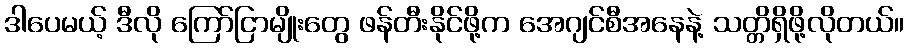
ဒါပေမယ့် ဒီလို ကြော်ငြာမျိုးတွေ ဖန်တီးနိုင်ဖို့က အေဂျင်စီအနေနဲ့ သတ္တိရှိဖို့လိုတယ်။